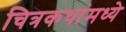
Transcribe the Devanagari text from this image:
चित्रकथांमध्ये